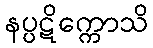
နပ္ပဋိက္ကောသိ